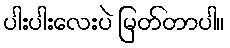
ပါးပါးလေးပဲ မြတ်တာပါ။